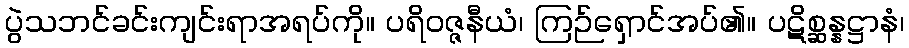
ပွဲသဘင်ခင်းကျင်းရာအရပ်ကို။ ပရိဝဇ္ဇနီယံ၊ ကြဉ်ရှောင်အပ်၏။ ပဋိစ္ဆန္နဋ္ဌာနံ၊